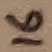
Text: 16